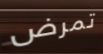
تمرض